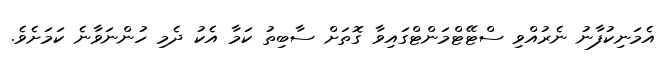
އެމަނިކުފާނު ނެރުއްވި ސްޓޭޓްމަންޓްގައިވާ ގޮތަށް ސާބިތު ކަމާ އެކު ދެމި ހުންނަވާނެ ކަމަށެވެ.